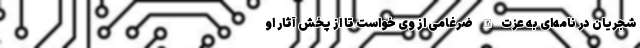
شجریان در نامه‌ای به عزت‌الله ضرغامی از وی خواست تا از پخش آثار او